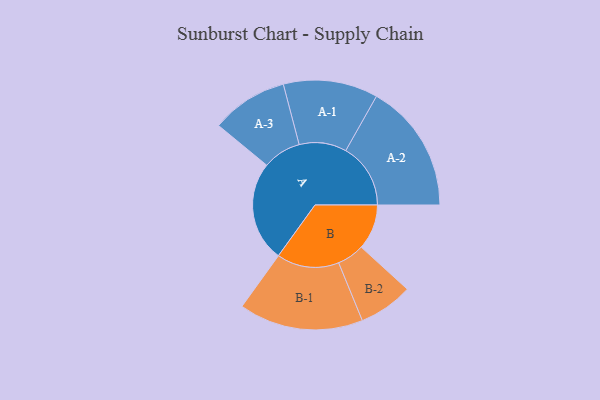
{"axis": {"x": "Segment", "y": "Value"}, "legend": ["", "A", "B"], "data": [{"x": "A", "y": 458, "type": ""}, {"x": "B", "y": 207, "type": ""}, {"x": "A-1", "y": 216, "type": "A"}, {"x": "A-2", "y": 296, "type": "A"}, {"x": "A-3", "y": 175, "type": "A"}, {"x": "B-1", "y": 284, "type": "B"}, {"x": "B-2", "y": 124, "type": "B"}]}